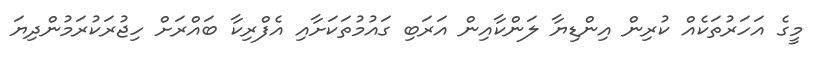
މީގެ އަހަރުތަކެއް ކުރިން އިންޑިޔާ ލަންކާއިން އަރަބި ގައުމުތަކަށާއި އެފްރިކާ ބައްރަށް ހިޖުރަކުރަމުންދިޔަ